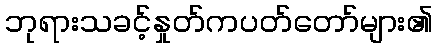
ဘုရားသခင့်နှုတ်ကပတ်တော်များ၏